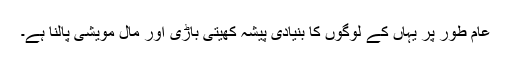
عام طور پر یہاں کے لوگوں کا بنیادی پیشہ کھیتی باڑی اور مال مویشی پالنا ہے۔